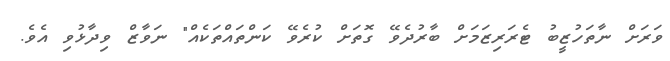
ވަރަށް ނާތަހުޒީބު ޓެރަރިޒަމަށް ބާރުދެވޭ ގޮތަށް ކުރެވޭ ކަންތައްތަކެއް" ނަވާޒް ވިދާޅުވި އެވެ.